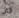
كان